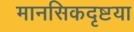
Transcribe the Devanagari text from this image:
मानसिकदृष्टया